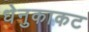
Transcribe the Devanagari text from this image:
धेनुकाकट